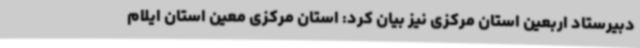
دبیرستاد اربعین استان مرکزی نیز بیان کرد: استان مرکزی معین استان ایلام